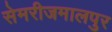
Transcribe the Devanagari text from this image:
सेमरीजमालपुर